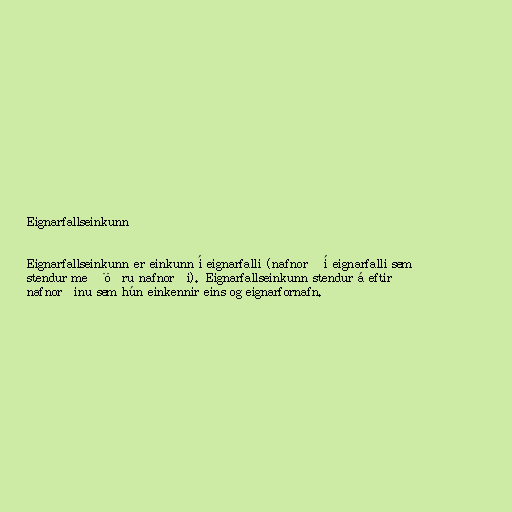
Eignarfallseinkunn

Eignarfallseinkunn er einkunn í eignarfalli (nafnorð í eignarfalli sem
stendur með öðru nafnorði). Eignarfallseinkunn stendur á eftir
nafnorðinu sem hún einkennir eins og eignarfornafn.